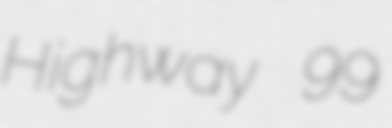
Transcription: Highway 99